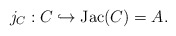
\begin{align*}j_C: C \hookrightarrow \mathrm{Jac}(C) = A.\end{align*}